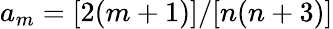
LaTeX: a_{m}=[2(m+1)]/[n(n+3)]